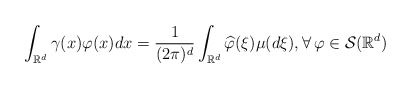
\begin{align*}\int_{\mathbb R^d} \gamma(x) \varphi(x) dx=\frac{1}{(2\pi)^d}\int_{\mathbb R^d} \widehat \varphi(\xi)\mu(d\xi), \forall\, \varphi\in\mathcal S(\mathbb R^d)\end{align*}